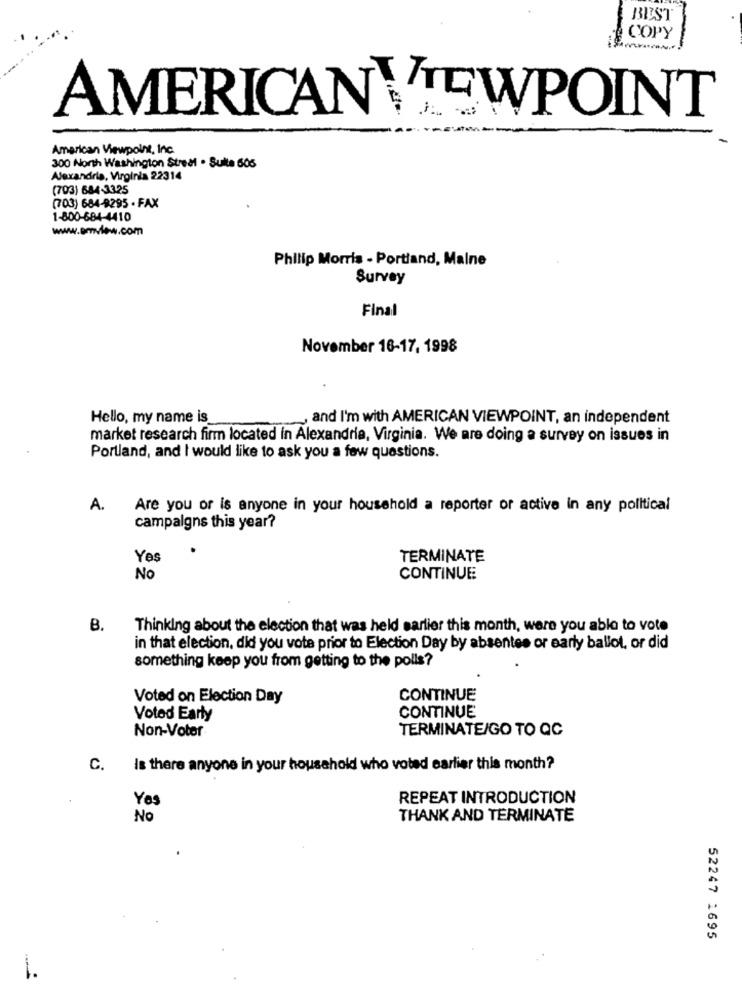
BEST
COPY
T
AMERICANVIEWPOINT
American Viewpoint, Inc.
300 North Washington Street . Sulla 605
Alexandria, Virginia 22314
(703) 684-3325
(703) 684-8295 - FAX
1-800-684-4410
www.emview.com
Philip Morris - Portland, Malne
Survey
Final
November 16-17, 1998
Hello, my name is
, and I'm with AMERICAN VIEWPOINT, an independent
market research firm located in Alexandria, Virginia. We are doing a survey on issues in
Portland, and I would like to ask you a few questions.
A.
Are you or is anyone in your household a reporter or active in any political
campaigns this year?
Yes
TERMINATE
No
CONTINUE
B.
Thinking about the election that was held earlier this month, were you able to vote
in that election, did you vote prior to Election Day by absentes or early ballot, or did
something keep you from getting to the polls?
Voted on Election Day
CONTINUE
Voted Early
CONTINUE
Non-Voter
TERMINATE/GO TO QC
C.
Is there anyone in your household who voted earlier this month?
Yes
REPEAT INTRODUCTION
No
THANK AND TERMINATE
52247 1695
1.